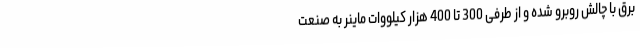
برق با چالش روبرو شده و از طرفی 300 تا 400 هزار کیلووات ماینر به صنعت